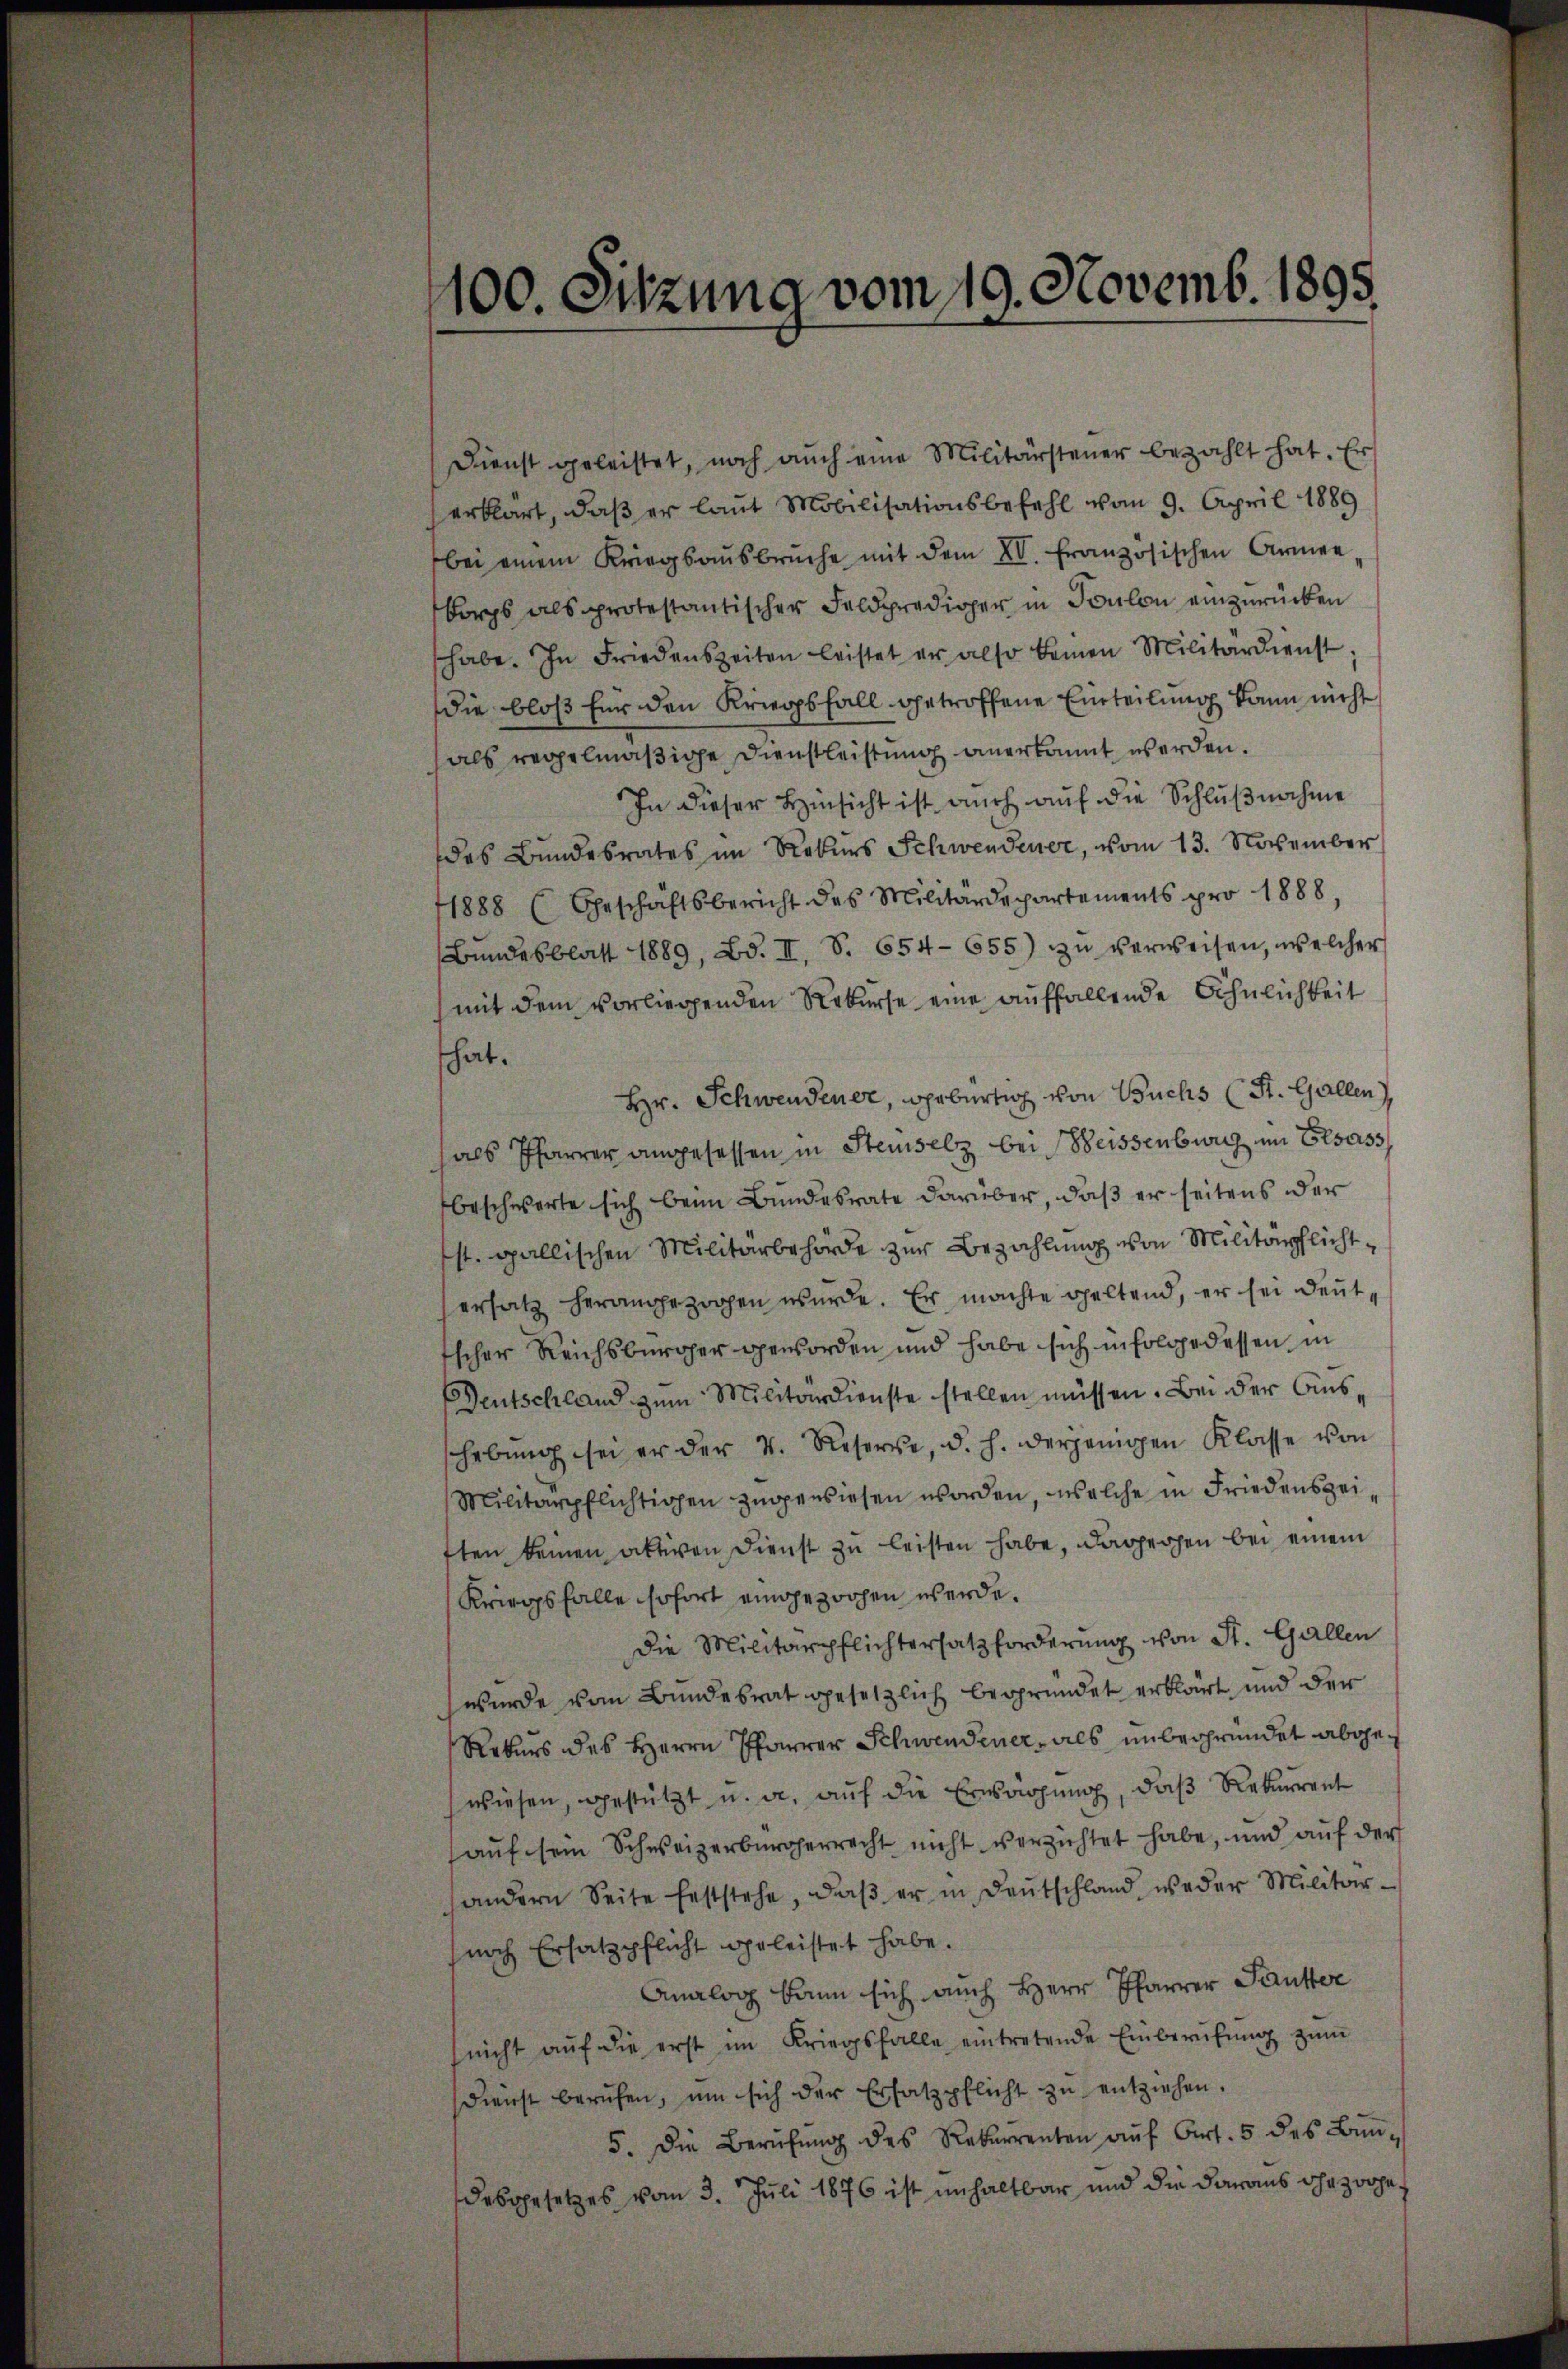
1100. Sitzung vom 19. Novemb. 1895.

Dienst geleistet, noch aŭch eine Militärsteŭer bezahlt hat. Er
erklärt, daß er laut Mobilisationsbefehl vom 9. April 1889
bei einem Kriegsaŭsbrŭche mit dem XI. Französischen Armee,
bergs als protestantischer Feldprediger in Soulon einzurücken
habe. In Friedenszeiten leistet er also keinen Militärdienst,
die bloß für den Kriegsfall getroffene Einteilung kann nicht
als regelmäßige Dienstleistung anerkannt werden.
In dieser Hinsicht ist auch auf die Schlußnahme
des Bundesrates im Rekurs Schwendener, vom 13. November
1888 (Geschäftsbericht des Militärdepartements pro 1888,
Bŭndesblatt 1889, Bd. II, S. 654-655) zŭ verweisen, welcher
mit dem vorliegenden Rekurse eine auffallende Ähnlichkeit
hat.
Hr. Schwendener, gebürtig von Buchs (St. Gallen,
hals Pfarrer angesessen in Steinsetz bei Beissenburg im Elsass
beschwerte sich beim Bundesrate darüber, daß er seitens der
st. gallischen Militärbehörde zur Bezahlung von Militärpflichtersatz herangezogen wurde. Er machte geltend, er sei deut¬
Escher Reichsbürger geworden und habe sich in folge dessen, in
Deutschland zum Militärdienste stellen müssen. Bei der Ausshebŭng sei er der 4. Reserve, d. h. derjenigen Klasse von
Militärpflichtigen zugewiesen worden, welche in Friedenszeiften keinen aktiven Dienst zu leisten habe, dargechen bei einem
Kriegsfalle sofort eingezogen werde.
die Militärpflichtersatzforderŭng von St. Gallen
wurde vom Bundesrat gesetzlich begründet erklärt und der
Rekurs des Herrn Pfarrer Schwendener, als unbegründet abgewiesen, gestützt u. a. auf die Erwägung, daß Rekurrent
auf sein Schweizerbürgerrecht nicht verzichtet habe, und auf der
andern Seite feststehe, daβ er in Deutschland weder Militar-
noch Ersatzpflicht geleistet habe.
Analog kann sich auch Herr Pfarrer Pautter
(nicht aŭf die erst im Kriegsfalle eintretende Einberŭfŭng zŭm
sdienst berufen, um sich der Ersatzpflicht zŭ entziehen.
5. Die Berŭfŭng des Rekurrenten aŭf Art. 5 des Bun-
desgesetzes vom 3. Juli 1876 ist unhaltbar und die daraus ihr zwoge¬